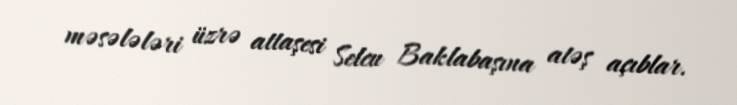
məsələləri üzrə attaşesi Selcu Baklabaşına atəş açıblar.